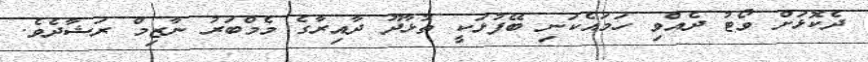
ދެކޮޅަށް ވޯޓު ދެއްވި ހަމައެކަނި ބޭފުޅަކީ ތުޅާދޫ ދާއިރާގެ މެމްބަރު ނާޒިމް ރަޝާދެވެ.